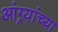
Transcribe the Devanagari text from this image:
आंग्र्यांच्या